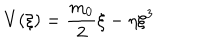
V ( \xi ) = \frac { m _ { 0 } } { 2 } \xi - \eta \xi ^ { 3 }